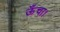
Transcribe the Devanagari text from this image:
ऊँचा।